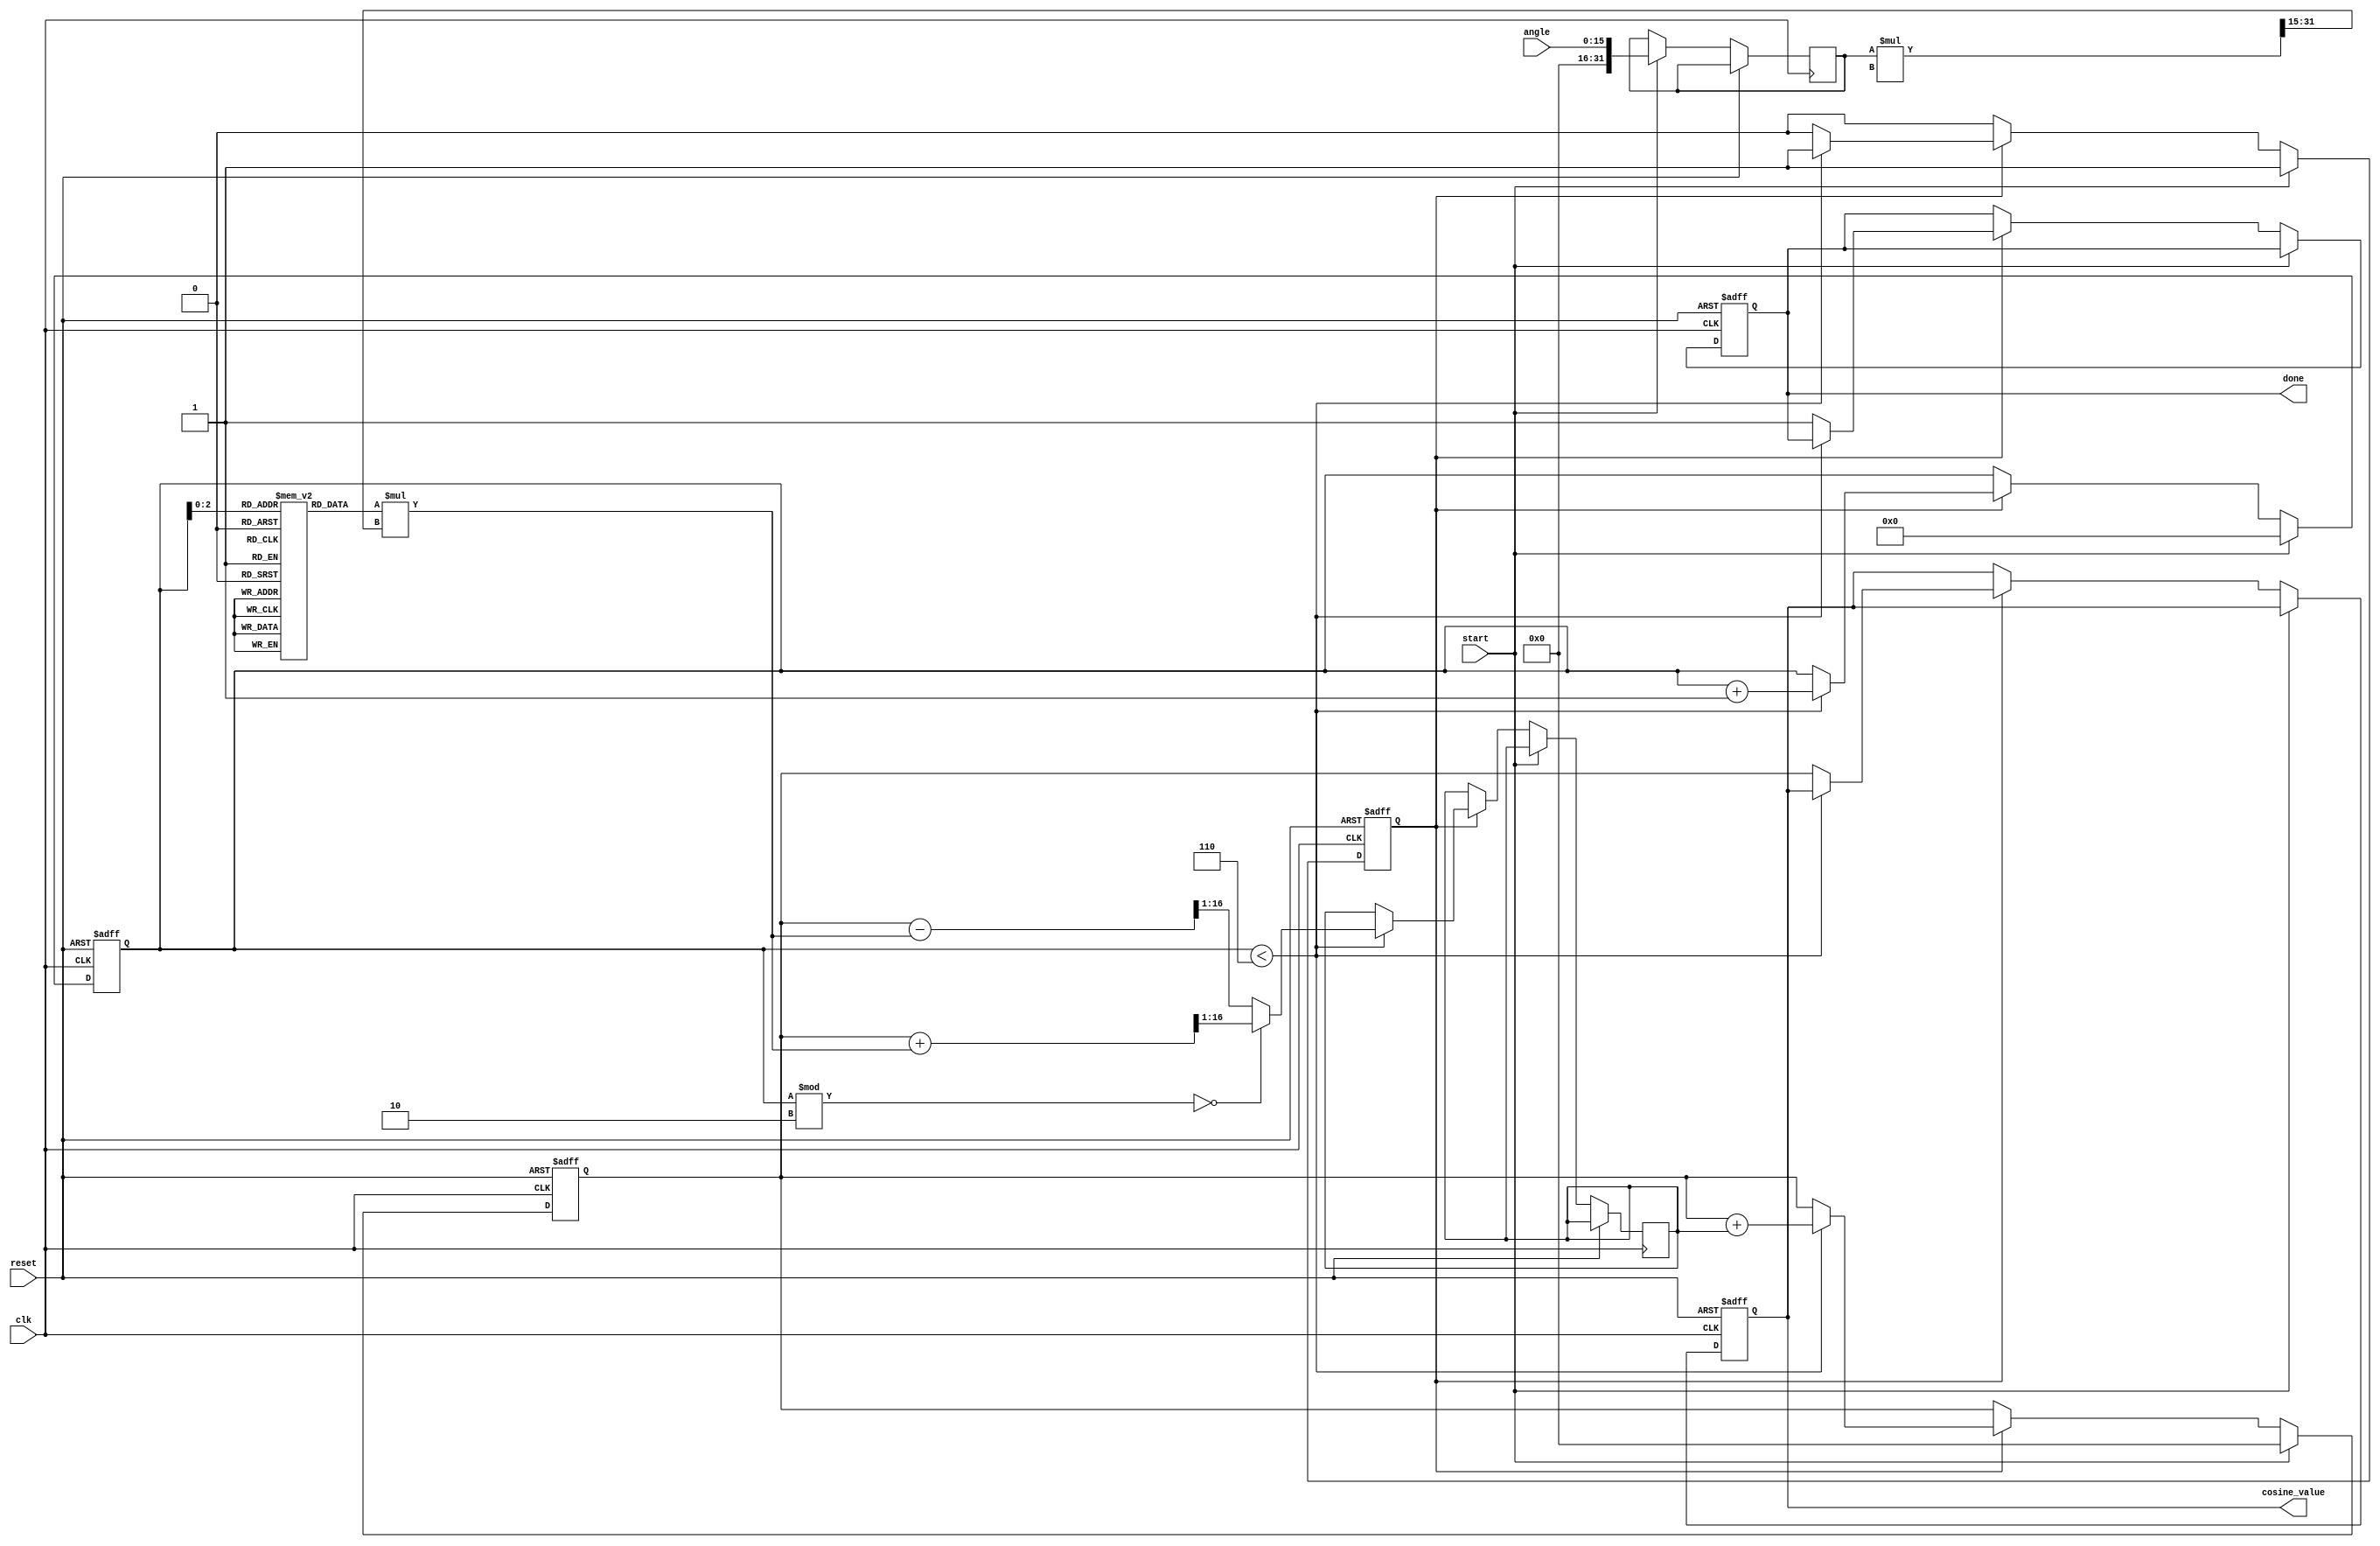
module cosine_calculator(
    input wire clk,
    input wire reset,
    input wire start,
    input wire [15:0] angle,  // Fixed-point angle in radians (Q1.15 format)
    output reg [15:0] cosine_value,  // Fixed-point cosine result (Q1.15 format)
    output reg done
);

parameter N_TERMS = 6; // Number of terms in Taylor Series
parameter PI = 16'h3243; // Approximate value of PI in Q1.15 format

// Intermediate variables
reg [15:0] term;          // Current term to add/subtract
reg [15:0] sum;           // Accumulated result
reg [3:0] count;          // Term counter
reg signed [31:0] x;      // Internal variable for angle
reg signed [31:0] x_squared; // x^2 for use in the series
reg calculating;          // Status flag

// Taylor series coefficients for cos(x) based on Q1.15 fixed-point arithmetic
reg signed [31:0] coeffs[N_TERMS-1:0];

// Initialize coefficients
initial begin
    coeffs[0] = 32'h0001;  // 1
    coeffs[1] = 32'h0000;  // 0
    coeffs[2] = -32'h5555; // -x^2/2!
    coeffs[3] = 32'h0000;  // 0
    coeffs[4] = 32'h0001;  // x^4/4!
    coeffs[5] = 32'h0000;  // 0
end

always @(posedge clk or posedge reset) begin
    if (reset) begin
        cosine_value <= 16'h0000;
        done <= 1'b0;
        count <= 4'h0;
        sum <= 16'h0000;
        calculating <= 1'b0;
    end else if (start) begin
        // Prepare for calculation
        calculating <= 1'b1;
        x <= angle;
        sum <= 16'h0000;
        count <= 4'h0;
    end else if (calculating) begin
        // Calculate the term: term = coeff * (x^n)
        if (count < N_TERMS) begin
            if (count % 2 == 0) begin  // Even terms are added
                term <= (sum + (coeffs[count] * (x * x_squared >> 15))) >> 1; // Fixed-point multiplication
            end else begin  // Odd terms are subtracted
                term <= (sum - (coeffs[count] * (x * x_squared >> 15))) >> 1; // Fixed-point multiplication
            end

            // Update sum and increment count
            sum <= sum + term;
            count <= count + 1;
        end else begin
            // Finished calculating
            cosine_value <= sum[15:0];
            done <= 1'b1;
            calculating <= 1'b0;
        end
    end
end

endmodule